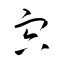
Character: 宍